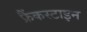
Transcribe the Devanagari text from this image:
फ्रैंकस्टाइन